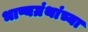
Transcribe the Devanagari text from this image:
भाष्यग्रंथांच्या